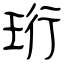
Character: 珩